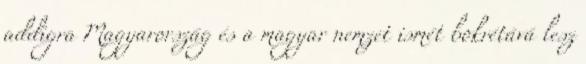
addigra Magyarország és a magyar nemzet ismét bokrétává lesz